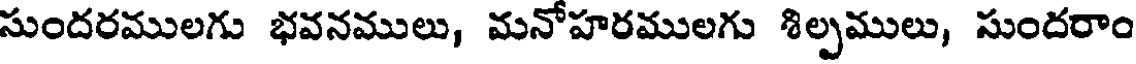
సుందరములగు భవనములు, మనోహరములగు శిల్పములు, సుందరాం